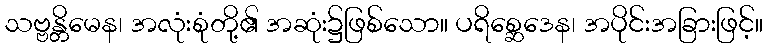
သဗ္ဗန္တိမေန၊ အလုံးစုံတို့၏ အဆုံး၌ဖြစ်သော။ ပရိစ္ဆေဒေန၊ အပိုင်းအခြားဖြင့်။